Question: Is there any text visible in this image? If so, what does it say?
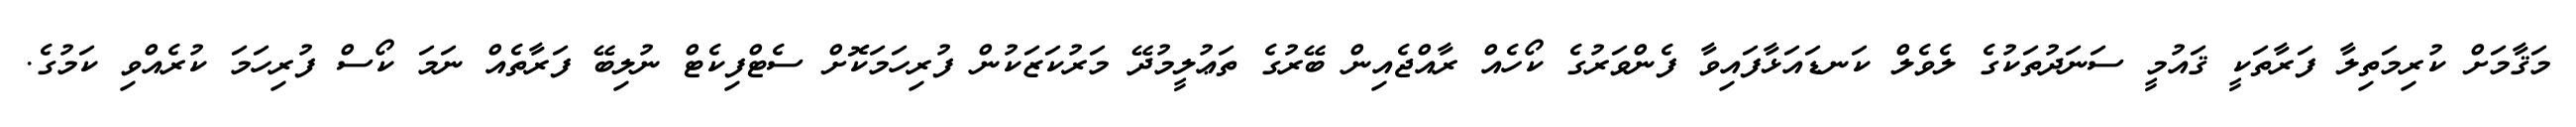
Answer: މަޤާމަށް ކުރިމަތިލާ ފަރާތަކީ ޤައުމީ ސަނަދުތަކުގެ ލެވެލް ކަނޑައަޅާފައިވާ ފެންވަރުގެ ކޯހެއް ރާއްޖެއިން ބޭރުގެ ތަޢުލީމުދޭ މަރުކަޒަކުން ފުރިހަމަކޮށް ސެޓްފިކެޓް ނުލިބޭ ފަރާތެއް ނަމަ ކޯސް ފުރިހަމަ ކުރެއްވި ކަމުގެ.